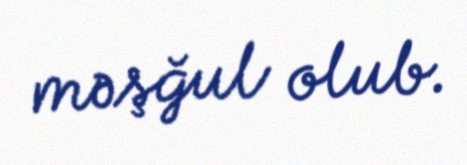
məşğul olub.